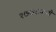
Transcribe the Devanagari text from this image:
१७७८मध्ये